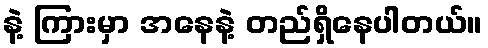
နဲ့ ကြားမှာ အနေနဲ့ တည်ရှိနေပါတယ်။